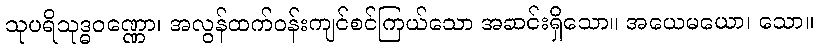
သုပရိသုဒ္ဓဝဏ္ဏော၊ အလွန်ထက်ဝန်းကျင်စင်ကြယ်သော အဆင်းရှိသော။ အယေမယော၊ သော။